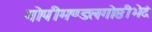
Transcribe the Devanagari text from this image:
गोपीमण्डलगोष्ठीभेदं